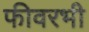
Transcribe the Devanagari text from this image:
फीवरभी